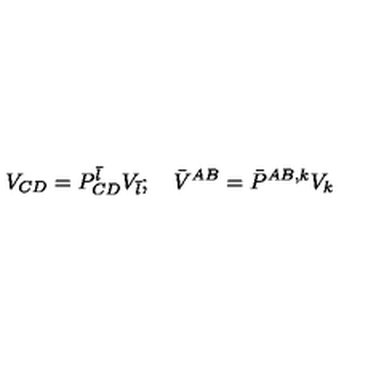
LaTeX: V _ { C D } = P _ { C D } ^ { \bar { l } } V _ { \bar { l } } ; \quad \bar { V } ^ { A B } = \bar { P } ^ { A B , k } V _ { k }